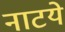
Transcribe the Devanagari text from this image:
नाटये